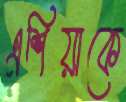
এশিয়াকে